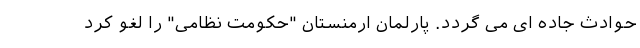
حوادث جاده ای می گردد. پارلمان ارمنستان "حکومت نظامی" را لغو کرد